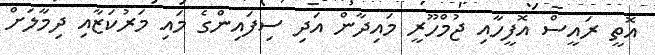
އޮތީ ރައީސް އޮފީހާއި ޖުމްހޫރީ މައިދާން އަދި ސިފައިންގެ މައި މަރުކަޒާއި ދިމާލަށް